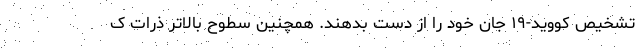
تشخیص کووید-۱۹ جان خود را از دست بدهند. همچنین سطوح بالاتر ذرات ک